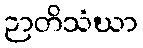
ဉာတိသံဃာ